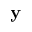
\mathbf { y }